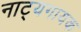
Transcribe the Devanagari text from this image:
नाट्यगायक